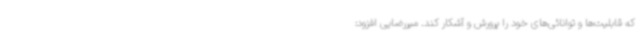
که قابلیت‌ها و توانائی‌های خود را پرورش و آشکار کند. میررضایی افزود: